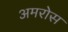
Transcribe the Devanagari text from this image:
अमरोस